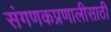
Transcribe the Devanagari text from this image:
संगणकप्रणालीसाठी